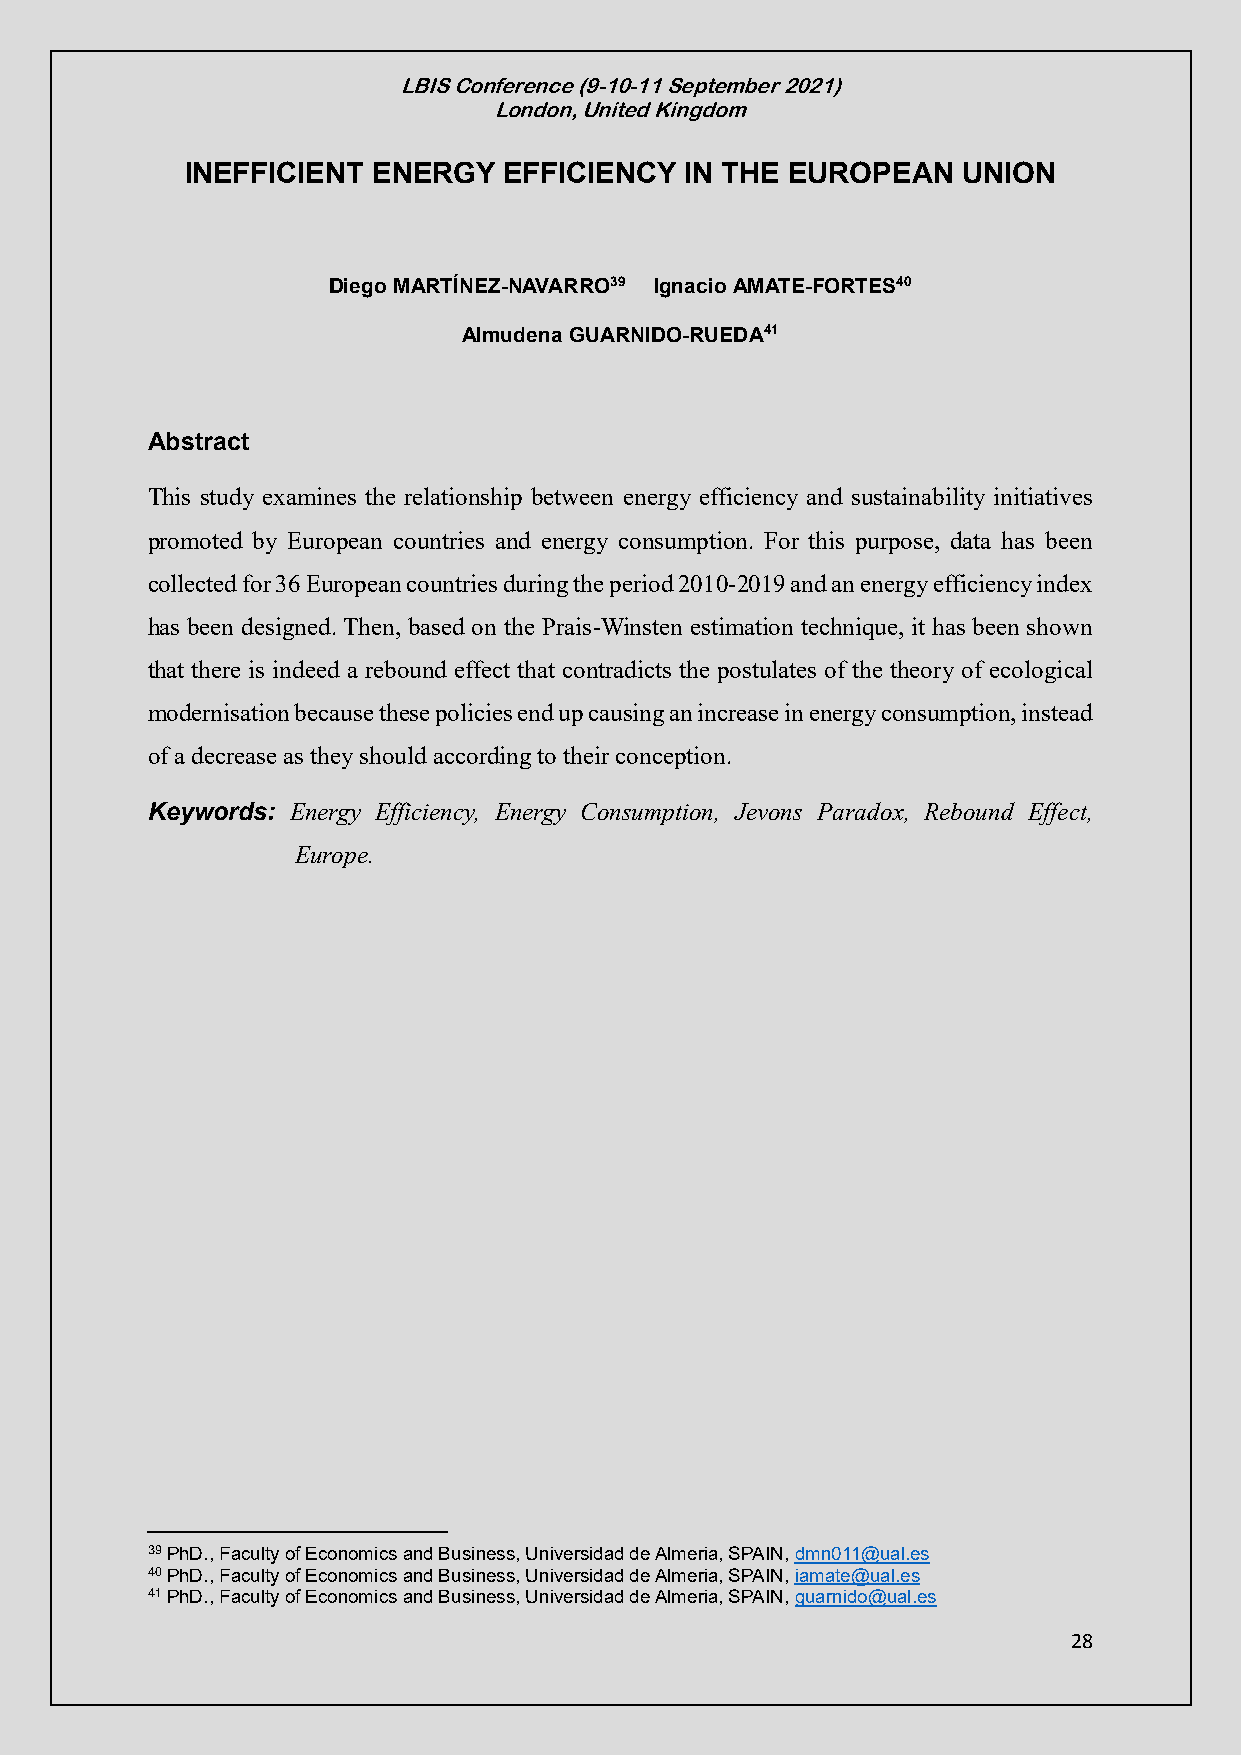
LBIS Conference (9-10-11 September 2021)
 London, United Kingdom
 INEFFICIENT  ENERGY  EFFICIENCY  IN THE EUROPEAN    UNION
 Diego MARTÍNEZ-NAVARRO39 Ignacio AMATE-FORTES40
 Almudena GUARNIDO-RUEDA41
 Abstract
 This study examines the relationship between energy efficiency and sustainability initiatives
 promoted by European countries and energy consumption. For this purpose, data has been
 collected for 36 European countries during the period 2010-2019 and an energy efficiency index
 has been designed. Then, based on the Prais-Winsten estimation technique, it has been shown
 that there is indeed a rebound effect that contradicts the postulates of the theory of ecological
 modernisation because these policies end up causing an increase in energy consumption, instead
 of a decrease as they should according to their conception.
 Keywords: Energy Efficiency, Energy Consumption, Jevons Paradox, Rebound Effect,
 Europe.
 39 PhD., Faculty of Economics and Business, Universidad de Almeria, SPAIN, dmn011@ual.es
 40 PhD., Faculty of Economics and Business, Universidad de Almeria, SPAIN, iamate@ual.es
 41 PhD., Faculty of Economics and Business, Universidad de Almeria, SPAIN, guarnido@ual.es
 28